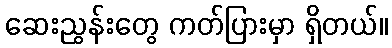
ဆေးညွန်းတွေ ကတ်ပြားမှာ ရှိတယ်။